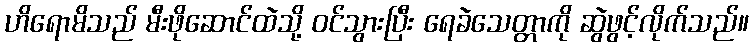
ဟိရောမိသည် မီးဖိုဆောင်ထဲသို့ ဝင်သွားပြီး ရေခဲသေတ္တာကို ဆွဲဖွင့်လိုက်သည်။